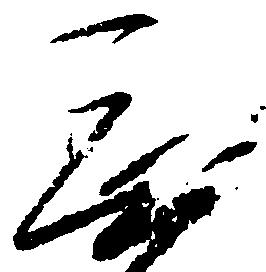
無